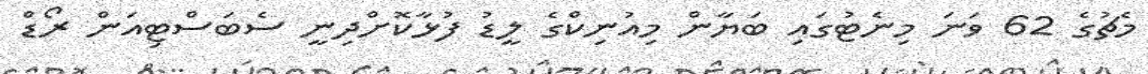
މެޗުގެ 62 ވަނަ މިނެޓުގައި ބަޔާން މިއުނިކްގެ ލީޑު ފުޅާކޮށްދިނީ ސެބަސްޓިއަން ރޯޑް